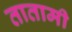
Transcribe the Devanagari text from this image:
तातामी